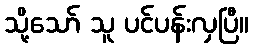
သို့သော် သူ ပင်ပန်းလှပြီ။